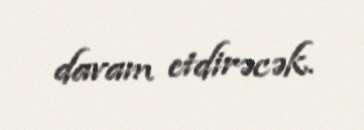
davam etdirəcək.